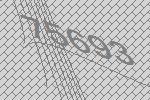
75693